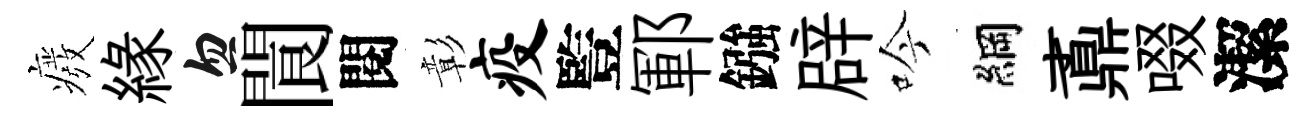
癈縁忽閬閱彰疫䜿鄆鏹辟吟綱鼒啜潔